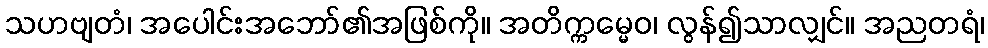
သဟဗျတံ၊ အပေါင်းအဘော်၏အဖြစ်ကို။ အတိက္ကမ္မေဝ၊ လွန်၍သာလျှင်။ အညတရံ၊